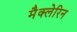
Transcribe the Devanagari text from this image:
मैक्लेरिन